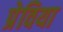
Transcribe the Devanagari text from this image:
प्रेविया